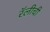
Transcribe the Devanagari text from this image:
रॅलीची